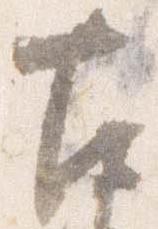
古